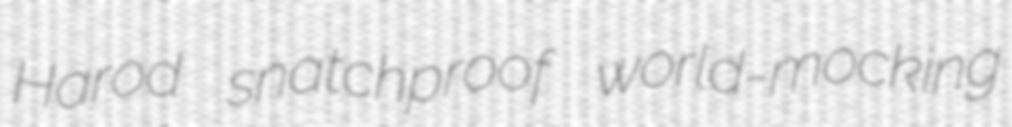
Harod snatchproof world-mocking